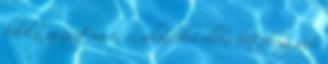
kólika, az asztma és a melankólia elleni hatékony szer.